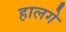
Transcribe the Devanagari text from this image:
हालगे